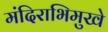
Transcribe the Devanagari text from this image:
मंदिराभिमुखे